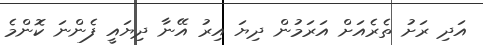
އަދި ރަށު ތެރެއަށް އަރަމުން ދިޔަ އިރު އޭނާ ދިޔައީ ފެންނަ ކޮންމެ